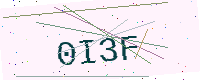
Text: 0I3F